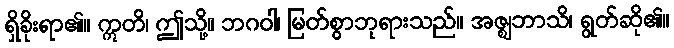
ရှိခိုးရာ၏။ ဣတိ၊ ဤသို့။ ဘဂဝါ၊ မြတ်စွာဘုရားသည်။ အဇ္ဈဘာသိ၊ ရွတ်ဆို၏။